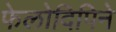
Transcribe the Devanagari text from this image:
फेलोदिपिने